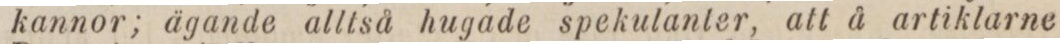
kannor; ägande alltså hugade spekulanter, att å artiklarne